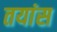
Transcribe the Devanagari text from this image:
तयांस